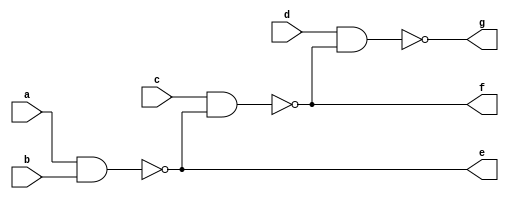
`timescale 1ns / 1ps
//////////////////////////////////////////////////////////////////////////////////
// Company: 
// Engineer: 
// 
// Design Name: 
// Module Name: four_input_NAND_gate_b
// Project Name: 
// Target Devices: 
// Tool Versions: 
// Description: 
// 
// Dependencies: 
// 
// Revision:
// Revision 0.01 - File Created
// Additional Comments:
// 
//////////////////////////////////////////////////////////////////////////////////


module four_input_NAND_gate_b(
    input a, b, c, d,
    output e, f, g
    );
    assign e = ~(a&b);
    assign f = ~(c&e);
    assign g = ~(d&f);
endmodule